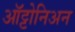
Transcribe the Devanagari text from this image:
ऑट्टोनिअन